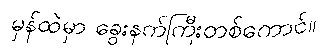
မှန်ထဲမှာ ခွေးနက်ကြီးတစ်ကောင်။